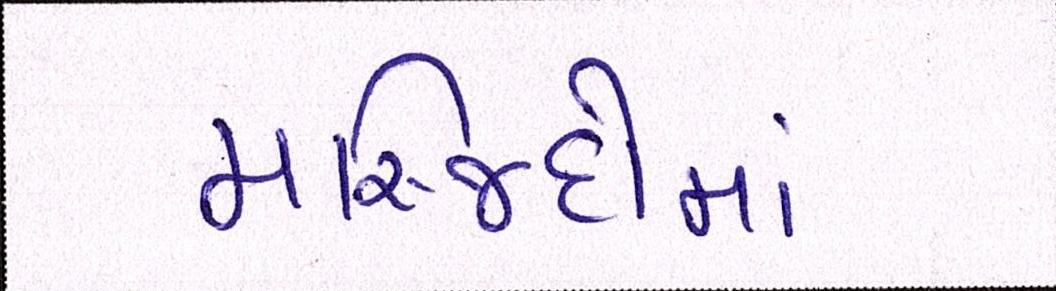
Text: મસ્જિદોમાં